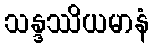
သန္ဒဿိယမာနံ